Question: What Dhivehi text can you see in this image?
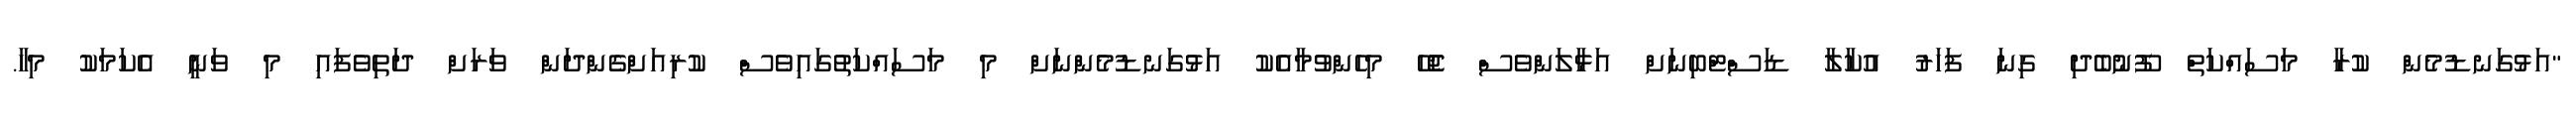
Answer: "އަޅުގަނޑުމެން ކުރާ މަސައްކަތް ފޫނުބެދި ގިނަ ފަހަރު އުކާލާ ޑަސްޓްބިނަށް އަޅާލަންވެސް ޖެހޭ މިހެންވުމާއެކު އަޅުގަނޑުމެންނަށް މި މަސައްކަތުގައިވެސް ކުރިއަށްގެންދަން ވަރަށް ދަތިވެފައި މި ވަނީ އެކަމަކު މިހާ.